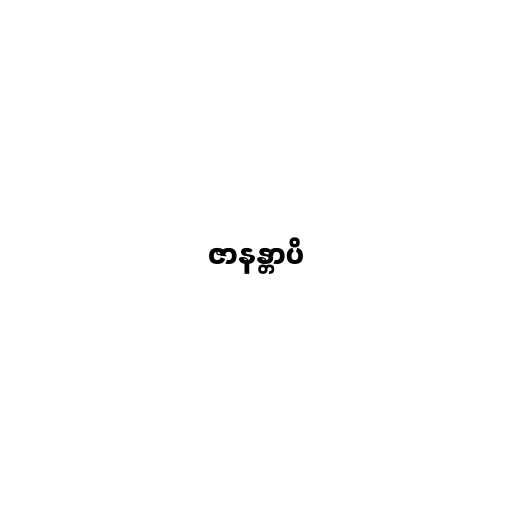
ဇာနန္တာပိ